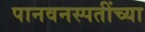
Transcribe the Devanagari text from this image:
पानवनस्पतींच्या